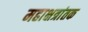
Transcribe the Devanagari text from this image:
महाक्षत्रांतक